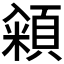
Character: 𮨓